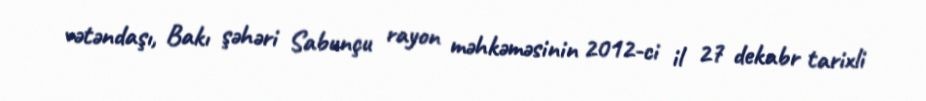
vətəndaşı, Bakı şəhəri Sabunçu rayon məhkəməsinin 2012-ci il 27 dekabr tarixli